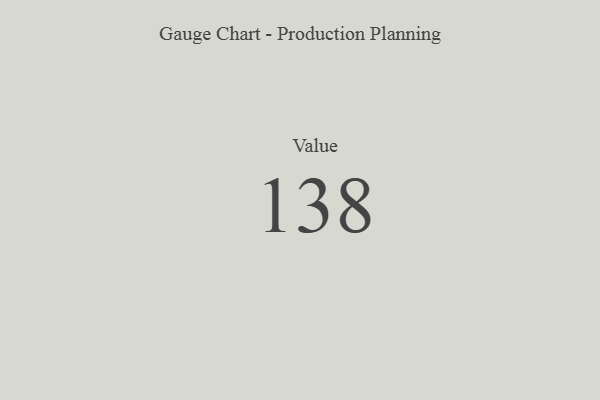
{"axis": {"x": "Metric", "y": "Value"}, "legend": [""], "data": [{"x": "Value", "y": 138, "type": ""}]}